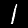
Digit: 1